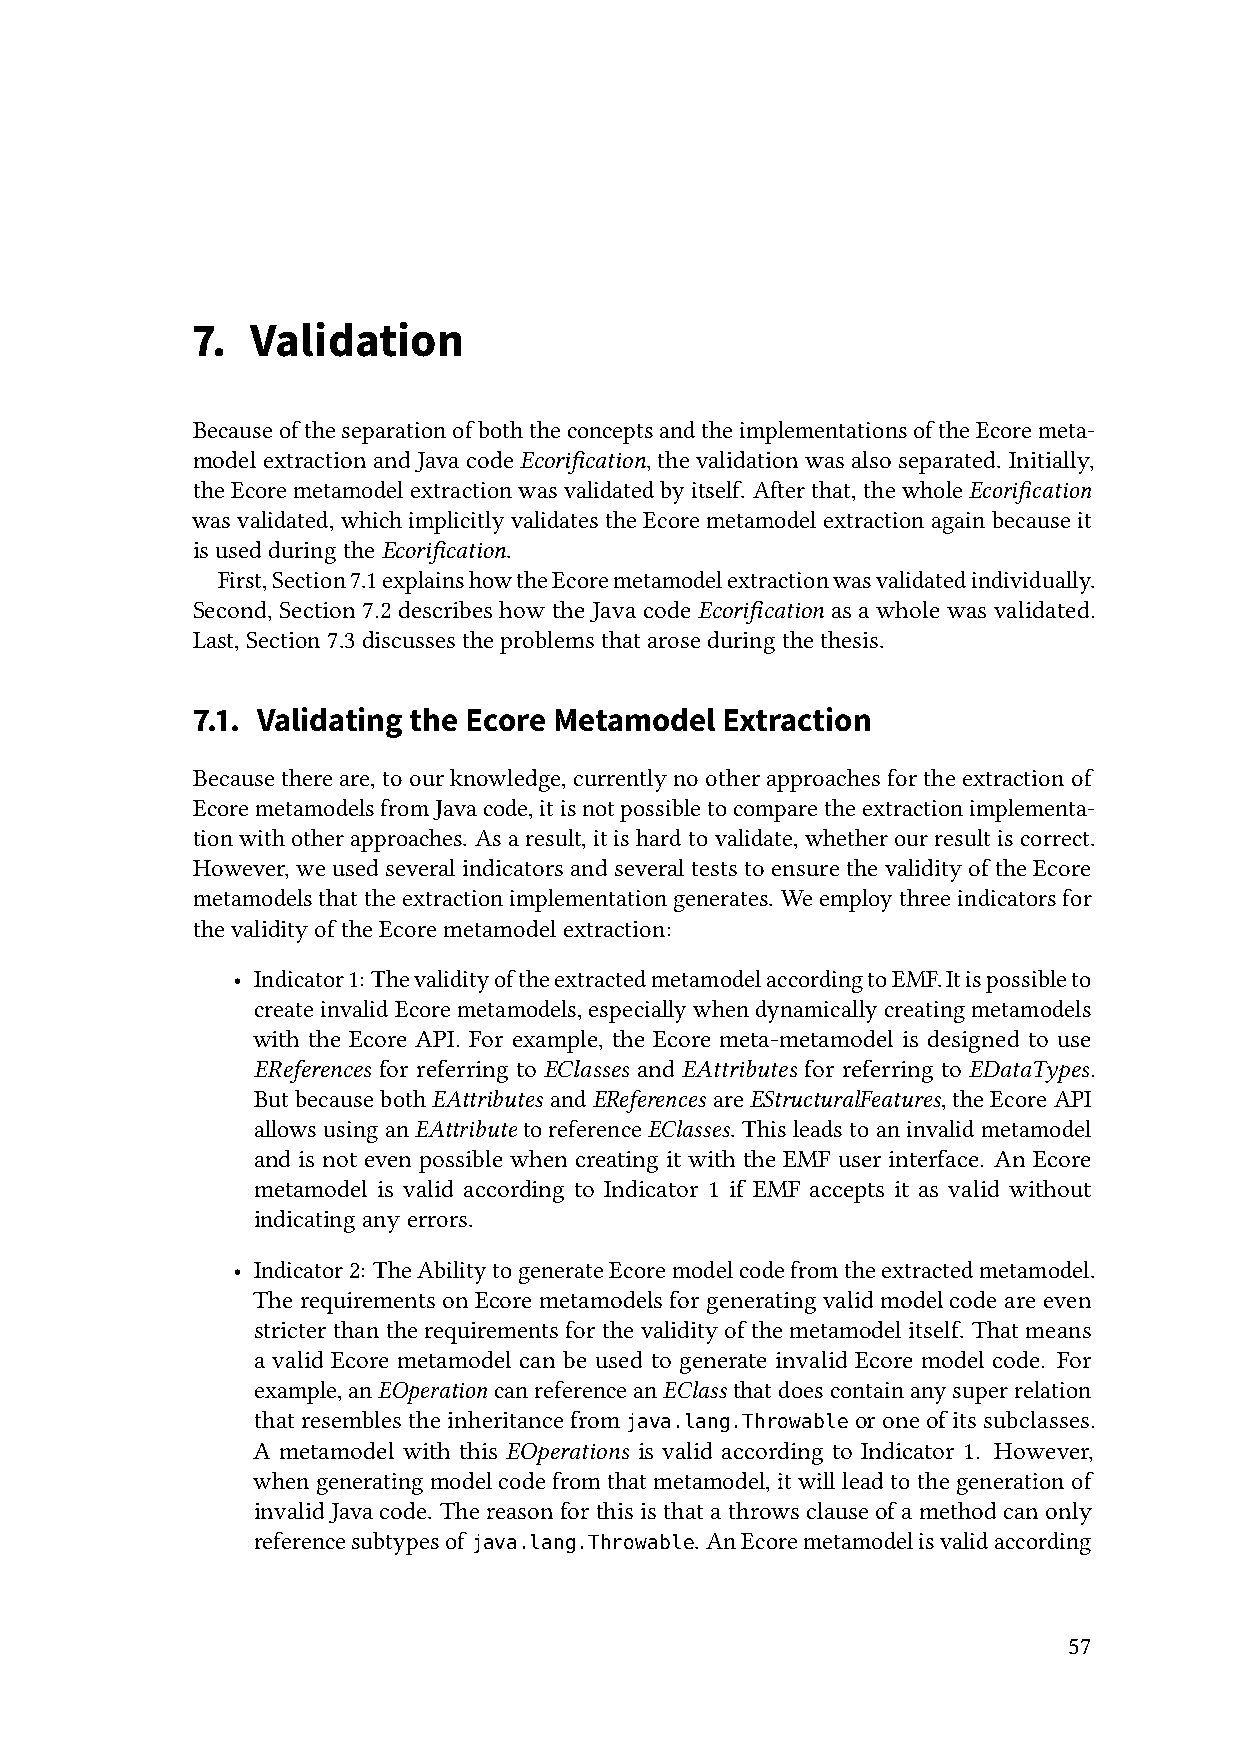
7.  Validation
 BecauseoftheseparationofboththeconceptsandtheimplementationsoftheEcoremeta-
 model extraction and Java code Ecorification, the validation was also separated. Initially,
 theEcoremetamodelextractionwasvalidatedbyitself. Afterthat,thewholeEcorification
 wasvalidated,whichimplicitlyvalidatestheEcoremetamodelextractionagainbecauseit
 isusedduringtheEcorification.
 First,Section7.1explainshowtheEcoremetamodelextractionwasvalidatedindividually.
 Second, Section 7.2 describes how the Java code Ecorification as a whole was validated.
 Last,Section7.3discussestheproblemsthataroseduringthethesis.
 7.1. Validating the Ecore Metamodel Extraction
 Becausethereare,toourknowledge,currentlynootherapproachesfortheextractionof
 EcoremetamodelsfromJavacode,itisnotpossibletocomparetheextractionimplementa-
 tionwithotherapproaches. Asaresult,itishardtovalidate,whetherourresultiscorrect.
 However,weusedseveralindicatorsandseveralteststoensurethevalidityoftheEcore
 metamodelsthattheextractionimplementationgenerates. Weemploythreeindicatorsfor
 thevalidityoftheEcoremetamodelextraction:
 • Indicator1: ThevalidityoftheextractedmetamodelaccordingtoEMF.Itispossibleto
 createinvalidEcoremetamodels,especiallywhendynamicallycreatingmetamodels
 with the Ecore API. For example, the Ecore meta-metamodel is designed to use
 EReferences for referring to EClasses and EAttributes for referring to EDataTypes.
 ButbecausebothEAttributes andEReferences areEStructuralFeatures,theEcoreAPI
 allowsusinganEAttribute toreferenceEClasses. Thisleadstoaninvalidmetamodel
 and is not even possible when creating it with the EMF user interface. An Ecore
 metamodel is valid according to Indicator 1 if EMF accepts it as valid without
 indicatinganyerrors.
 • Indicator2: TheAbilitytogenerateEcoremodelcodefromtheextractedmetamodel.
 TherequirementsonEcore metamodelsfor generatingvalid model codeare even
 stricterthantherequirementsforthevalidityofthemetamodelitself. Thatmeans
 a valid Ecore metamodel can be used to generate invalid Ecore model code. For
 example,anEOperationcanreferenceanEClass thatdoescontainanysuperrelation
 thatresemblestheinheritancefrom         oroneofitssubclasses.
 java.lang.Throwable
 A metamodel with this EOperations is valid according to Indicator 1. However,
 whengeneratingmodelcodefromthatmetamodel,itwillleadtothegenerationof
 invalidJavacode. Thereasonforthisisthatathrowsclauseofamethodcanonly
 referencesubtypesof          . AnEcoremetamodelisvalidaccording
 java.lang.Throwable
 57